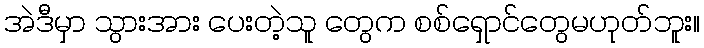
အဲဒီမှာ သွားအား ပေးတဲ့သူ တွေက စစ်ရှောင်တွေမဟုတ်ဘူး။